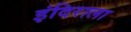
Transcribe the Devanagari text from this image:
इंदिराला